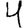
Digit: 4